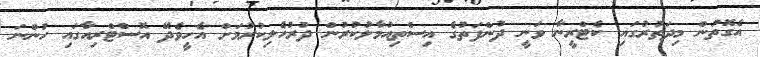
އެގޮތުން މިދަތުރުގައި ކެޓްރީނާ ވަނީ ދުންފަތުގެ އިސްތިއުމާލުކުރުން ދުރުހެލިކުރުމަށް އެހީވެދޭ އޮސްޓްރިއާގައި ހުންނަ